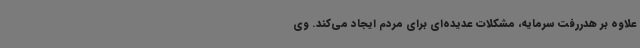
علاوه بر هدررفت سرمایه، مشکلات عدیده‌ای برای مردم ایجاد می‌کند. وی